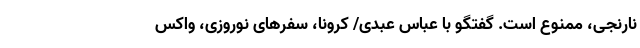
نارنجی، ممنوع است. گفتگو با عباس عبدی/ کرونا، سفرهای نوروزی، واکس